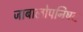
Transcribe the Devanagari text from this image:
जाबालोपनिषद्